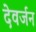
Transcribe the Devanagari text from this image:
देवर्जन